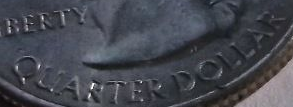
QUARTER DOLLAR